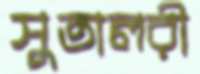
সুতালরী